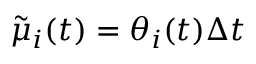
\tilde { \mu } _ { i } ( t ) = \theta _ { i } ( t ) \Delta t